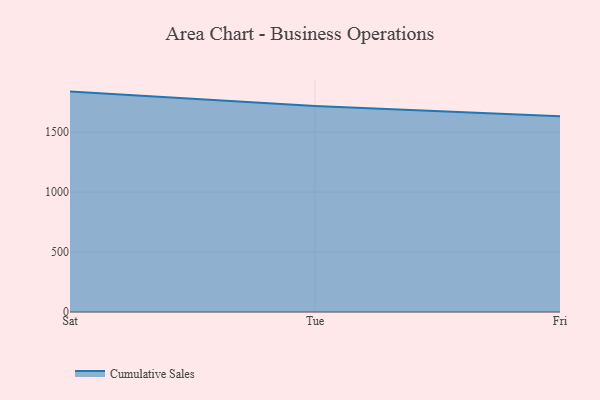
{"axis": {"x": "Day", "y": "Headcount"}, "legend": ["Cumulative Sales"], "data": [{"x": "Sat", "y": 1839.2, "type": "Cumulative Sales"}, {"x": "Tue", "y": 1719.0, "type": "Cumulative Sales"}, {"x": "Fri", "y": 1633.2, "type": "Cumulative Sales"}]}